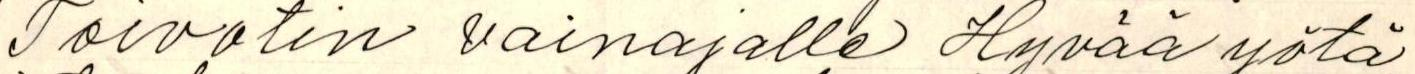
Toivotin vainajalle Hyvää yötä